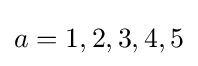
a=1,2,3,4,5